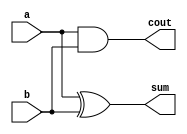
module HalfAdder(sum,cout,a,b);
	
	input a,b;
	output sum,cout;
	xor (sum,a,b);
	and (cout,a,b);
	
endmodule